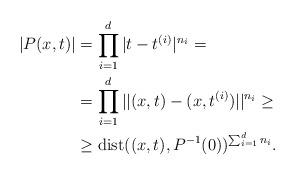
LaTeX: \begin{align*}|P(x,t)|&=\prod_{i=1}^d|t-t^{(i)}|^{n_i}=\\&=\prod_{i=1}^d||(x,t)-(x,t^{(i)})||^{n_i}\geq \\&\geq \mathrm{dist}((x,t),P^{-1}(0))^{\sum_{i=1}^d n_i}.\end{align*}